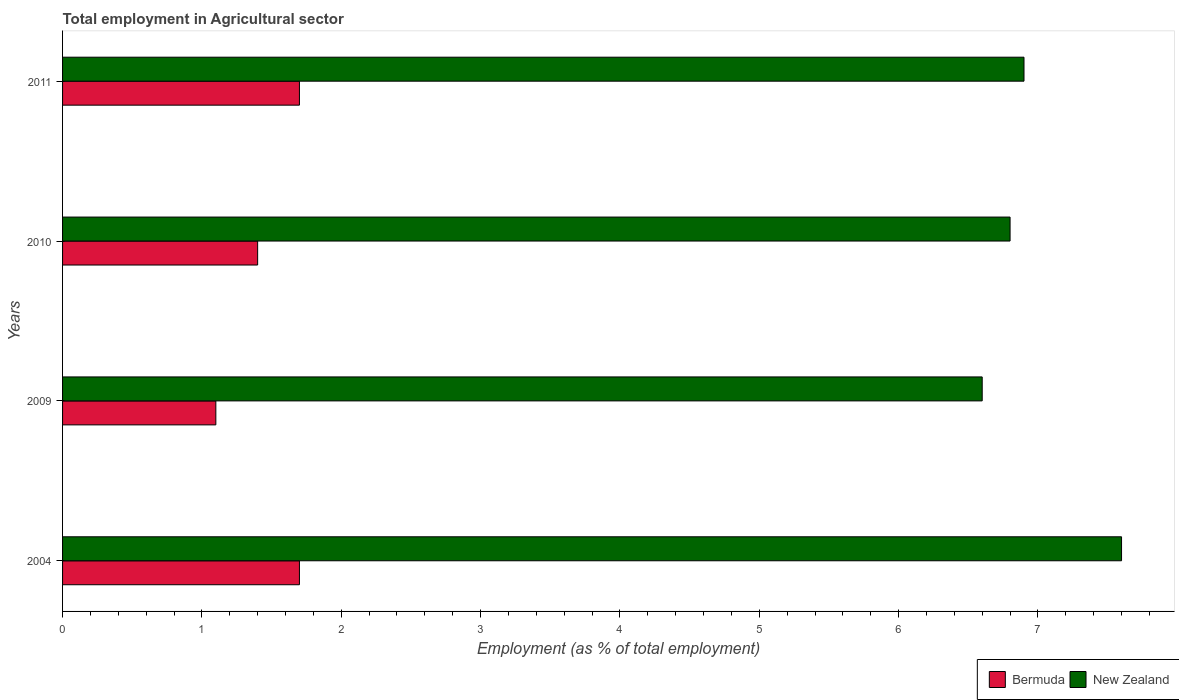
| Years | Bermuda | New Zealand |
 | --- | --- | --- |
 | 2004 | 1.7 | 7.6 |
 | 2009 | 1.1 | 6.6 |
 | 2010 | 1.4 | 6.8 |
 | 2011 | 1.7 | 6.9 |